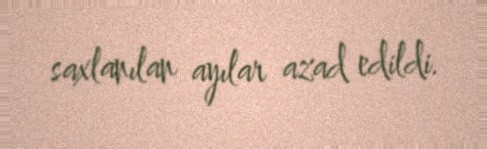
saxlanılan ayılar azad edildi.